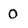
Character: 0